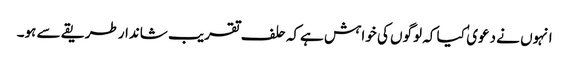
انہوں نے دعوی ٰ کیا کہ لوگوں کی خواہش ہےکہ حلف تقریب شاندارطریقے سے ہو۔